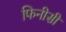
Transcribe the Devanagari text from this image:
फिनीसी